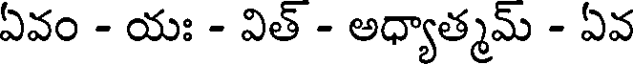
ఏవం - యః - విత్ - అధ్యాత్మమ్ - ఏవ